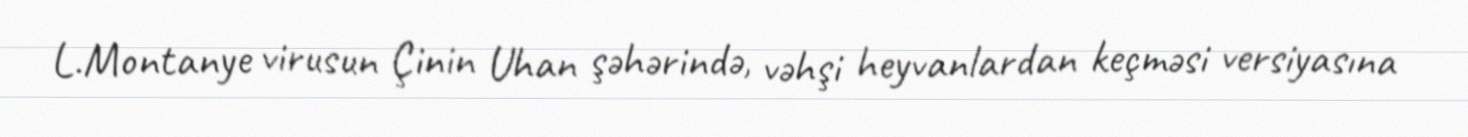
L.Montanye virusun Çinin Uhan şəhərində, vəhşi heyvanlardan keçməsi versiyasına